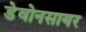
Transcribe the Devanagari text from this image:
डेवोनसायर